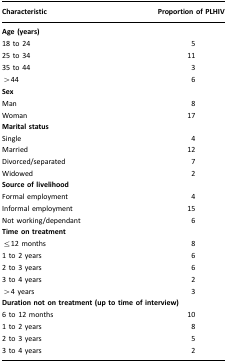
| Characteristic | Proportion of PLHIV |
 | --- | --- |
 | <COLSPAN=2> Age (years) |
 | 18 to 24 | 5 |
 | 25 to 34 | 11 |
 | 35 to 44 | 3 |
 | >44 | 6 |
 | <COLSPAN=2> Sex |
 | Man | 8 |
 | Woman | 17 |
 | <COLSPAN=2> Marital status |
 | Single | 4 |
 | Married | 12 |
 | Divorced/separated | 7 |
 | Widowed | 2 |
 | <COLSPAN=2> Source of livelihood |
 | Formal employment | 4 |
 | Informal employment | 15 |
 | Not working/dependant | 6 |
 | <COLSPAN=2> Time on treatment |
 | ≤12 months | 8 |
 | 1 to 2 years | 6 |
 | 2 to 3 years | 6 |
 | 3 to 4 years | 2 |
 | >4 years | 3 |
 | <COLSPAN=2> Duration not on treatment (up to time of interview) |
 | 6 to 12 months | 10 |
 | 1 to 2 years | 8 |
 | 2 to 3 years | 5 |
 | 3 to 4 years | 2 |